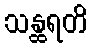
သန္ထရတိ